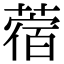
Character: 蓿